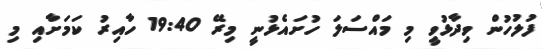
ފުލުހުން ވިދާޅުވީ މި މައްސަލަ ހުށައެޅުނީ މިރޭ 19:40 ހާއިރު ކަމަށާއި މި